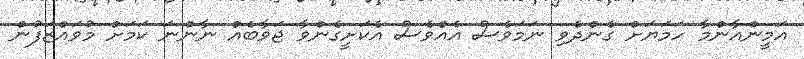
އަމީންއާންމާ ހަމަޔަށް ގެންދެވި ނަމަވެސް އެއްވެސް އެކަށީގެންވާ ޖަވާބެއް ނާންނަ ކަމަށް މުވައްޒަފުން